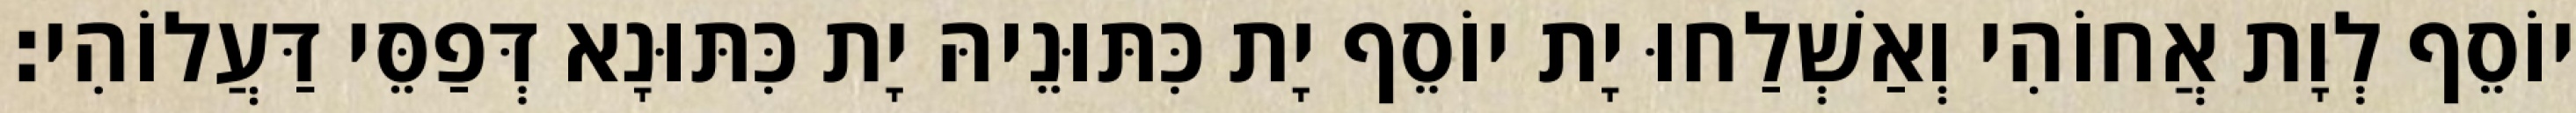
יוֹסֵף לְוָת אֲחוֹהִי וְאַשְׁלַחוּ יָת יוֹסֵף יָת כִּתּוּנֵיהּ יָת כִּתּוּנָא דְּפַסֵּי דַּעֲלוֹהִי׃